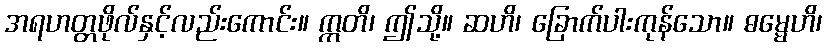
အရဟတ္တဖိုလ်နှင့်လည်းကောင်း။ ဣတိ၊ ဤသို့။ ဆဟိ၊ ခြောက်ပါးကုန်သော။ ဓမ္မေဟိ၊